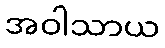
အဝါသာယ